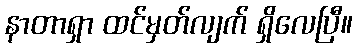
နာတာရှာ ထင်မှတ်လျက် ရှိလေပြီ။